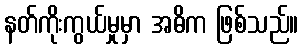
နတ်ကိုးကွယ်မှုမှာ အဓိက ဖြစ်သည်။